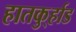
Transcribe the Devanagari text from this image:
हातकु्र्हाड